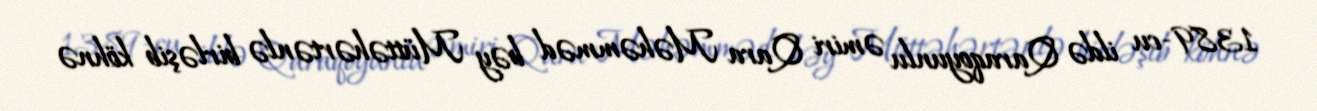
1389-cu ildə Qaraqoyunlu əmiri Qara Məhəmməd bəy Müttəhərtənlə birləşib köhnə